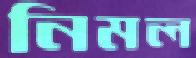
নিমল